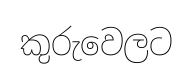
කුරුවෙලට